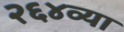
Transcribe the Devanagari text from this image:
२६४व्या